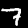
Label: 7